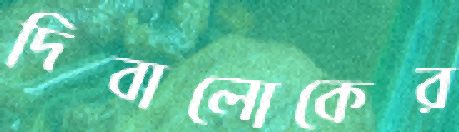
দিবালোকের